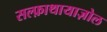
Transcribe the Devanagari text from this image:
सल्फ़ाथायाज़ोल